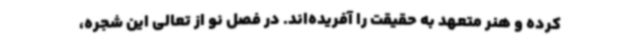
کرده و هنر متعهد به حقیقت را آفریده‌اند. در فصل نو از تعالی این شجره،